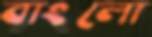
বাংলো